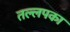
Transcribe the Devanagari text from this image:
तल्लपका